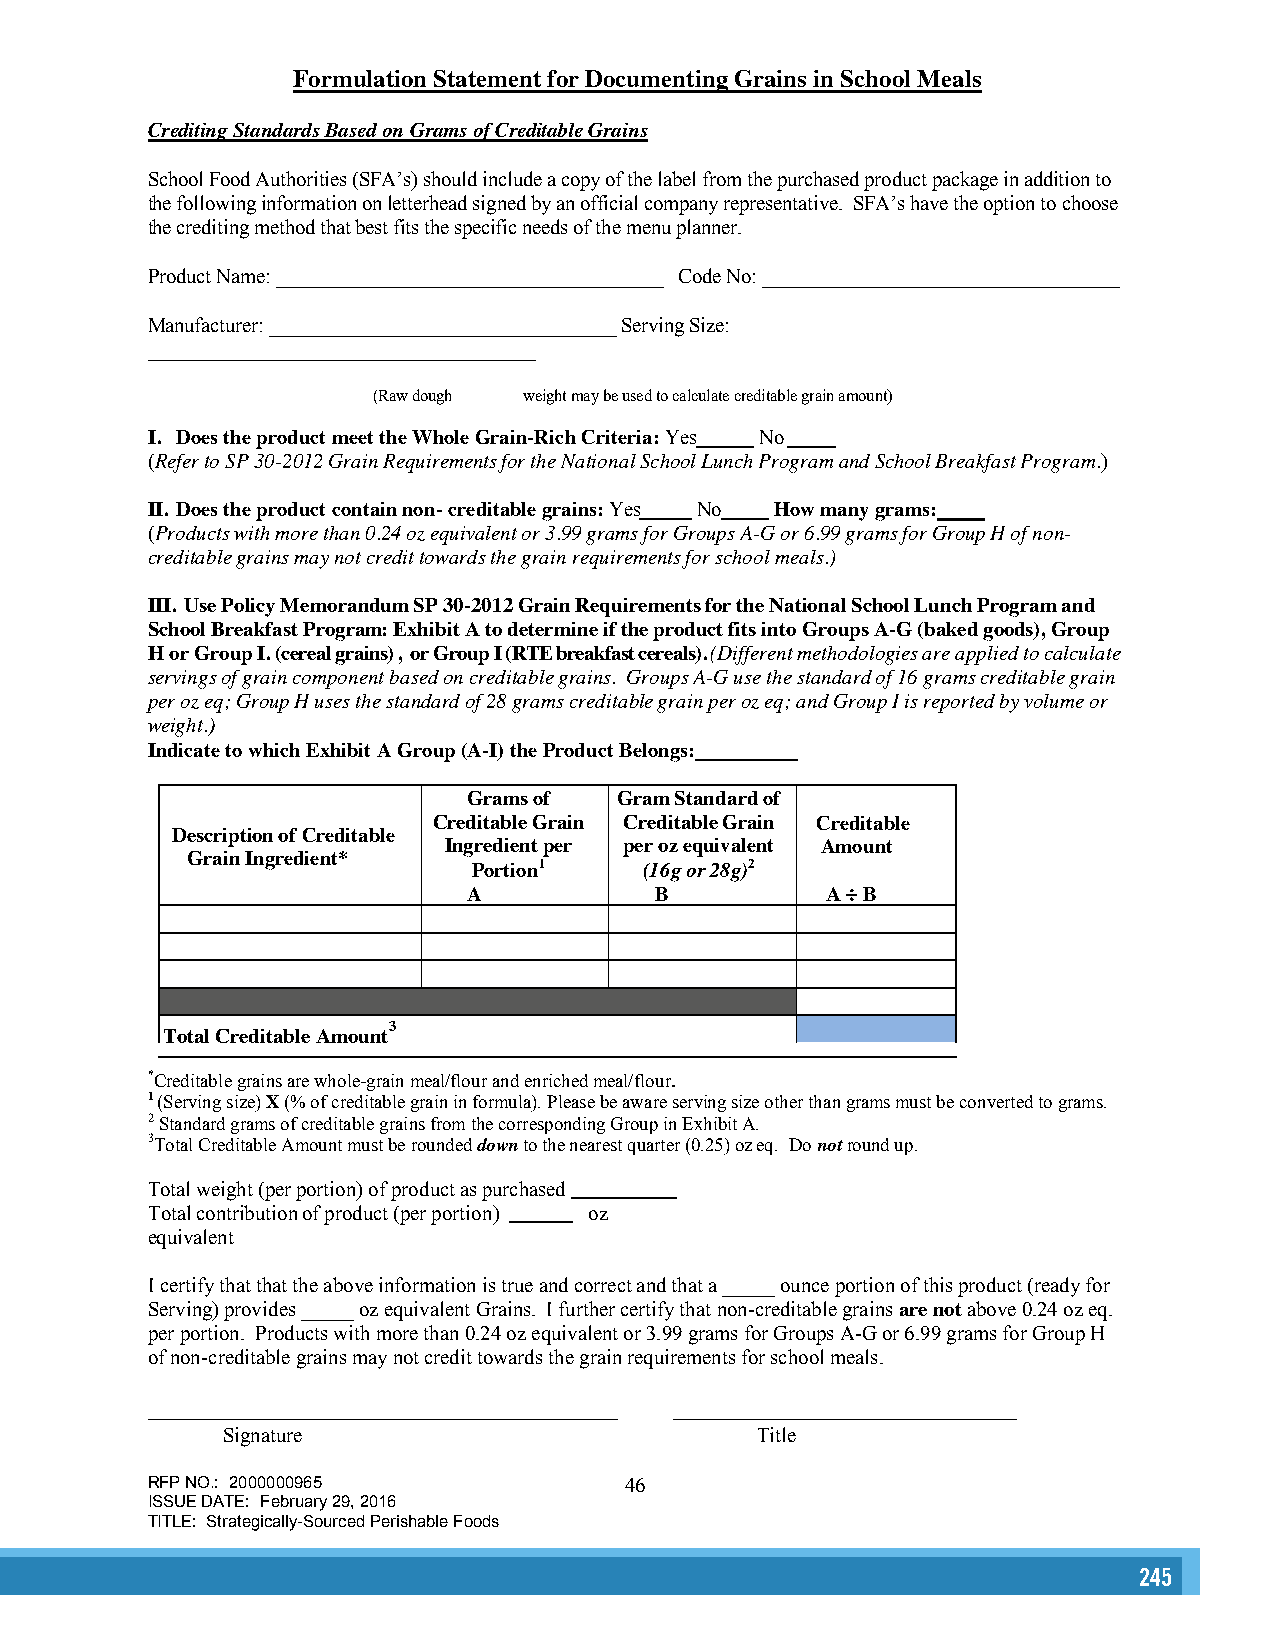
Formulation Statement for Documenting Grains in School Meals
 Crediting Standards Based on Grams of Creditable Grains
 School Food Authorities (SFA’s) should include a copy of the label from the purchased product package in addition to
 the following information on letterhead signed by an official company representative. SFA’s have the option to choose
 the crediting method that best fits the specific needs of the menu planner.
 Product Name: ______________________________________ Code No: ___________________________________
 Manufacturer: __________________________________ Serving Size:
 ______________________________________
 (Raw dough weight may be used to calculate creditable grain amount)
 I. Does the product meet the Whole Grain-Rich Criteria: Yes No
 (Refer to SP 30-2012 Grain Requirements for the National School Lunch Program and School Breakfast Program.)
 II. Does the product contain non- creditable grains: Yes No How many grams:
 (Products with more than 0.24 oz equivalent or 3.99 grams for Groups A-G or 6.99 grams for Group H of non-
 creditable grains may not credit towards the grain requirements for school meals.)
 III. Use Policy Memorandum SP 30-2012 Grain Requirements for the National School Lunch Program and
 School Breakfast Program: Exhibit A to determine if the product fits into Groups A-G (baked goods), Group
 H or Group I. (cereal grains) , or Group I (RTE breakfast cereals). (Different methodologies are applied to calculate
 servings of grain component based on creditable grains. Groups A-G use the standard of 16 grams creditable grain
 per oz eq; Group H uses the standard of 28 grams creditable grain per oz eq; and Group I is reported by volume or
 weight.)
 Indicate to which Exhibit A Group (A-I) the Product Belongs:
 Grams of  Gram Standard of
 Creditable Grain Creditable Grain Creditable
 Description of Creditable
 Ingredient per per oz equivalent Amount
 Grain Ingredient*
 Portion1    (16g or 28g)2
 A           B           A ÷ B
 3
 Total Creditable Amount
 *Creditable grains are whole-grain meal/flour and enriched meal/flour.
 1 (Serving size) X (% of creditable grain in formula). Please be aware serving size other than grams must be converted to grams.
 2 Standard grams of creditable grains from the corresponding Group in Exhibit A.
 3Total Creditable Amount must be rounded down to the nearest quarter (0.25) oz eq. Do not round up.
 Total weight (per portion) of product as purchased
 Total contribution of product (per portion) oz
 equivalent
 I certify that that the above information is true and correct and that a _____ ounce portion of this product (ready for
 Serving) provides _____ oz equivalent Grains. I further certify that non-creditable grains are not above 0.24 oz eq.
 per portion. Products with more than 0.24 oz equivalent or 3.99 grams for Groups A-G or 6.99 grams for Group H
 of non-creditable grains may not credit towards the grain requirements for school meals.
 Signature                          Title
 RFP NO.: 2000000965            46
 ISSUE DATE: February 29, 2016
 TITLE: Strategically-Sourced Perishable Foods
 245